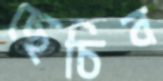
ছেচিব